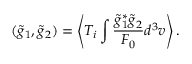
( \tilde { g } _ { 1 } , \tilde { g } _ { 2 } ) = \left\langle T _ { i } \int \frac { \tilde { g } _ { 1 } ^ { \ast } \tilde { g } _ { 2 } ^ { } } { F _ { 0 } } d ^ { 3 } v \right\rangle .